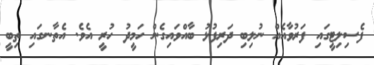
ފެސިލިޓީގައި ފަރުވާއެއް ނުލިބި ދަރިފުޅު ބާއްވައިގެން ހަމީދު ހުރީ އެވެ. އެތާނގައި ތިބީ